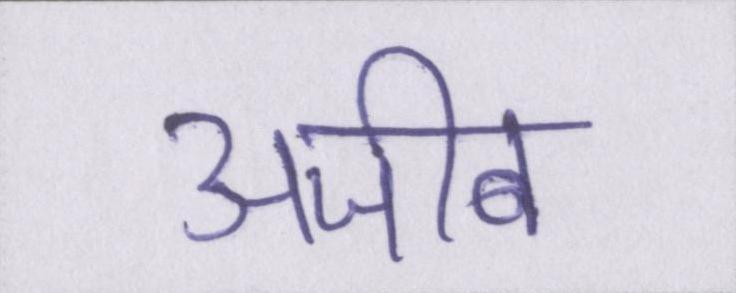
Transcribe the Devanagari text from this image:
अजीब